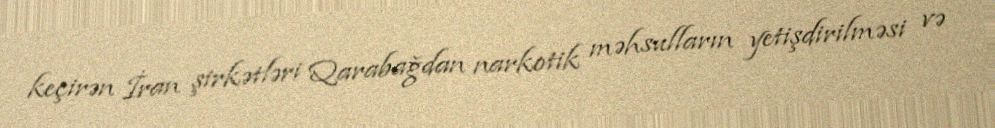
keçirən İran şirkətləri Qarabağdan narkotik məhsulların yetişdirilməsi və